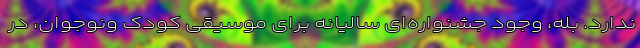
ندارد. بله، وجود جشنواره‌ای سالیانه برای موسیقی کودک ونوجوان، در